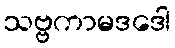
သဗ္ဗကာမဒဒေါ